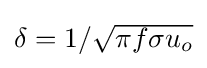
{\textstyle \delta ={1}/{\sqrt {\pi f\sigma u_{o}}}}